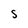
Character: S